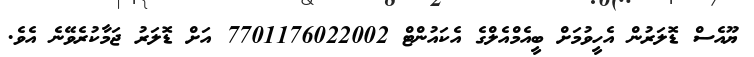
ޔޫއެސް ޑޮލަރުން އެހީވުމަށް ބީއެމްއެލްގެ އެކައުންޓް 7701176022002 އަށް ޑޮލަރު ޖަމާކުރެވޭނެ އެވެ.